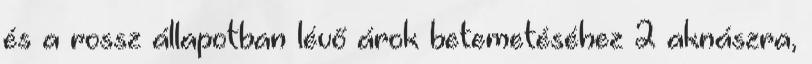
és a rossz állapotban lévő árok betemetéséhez 2 aknászra,